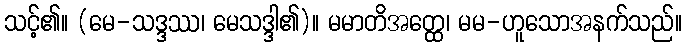
သင့်၏။ (မေ-သဒ္ဒဿ၊ မေသဒ္ဒါ၏)။ မမာတိအတ္ထေ၊ မမ-ဟူသောအနက်သည်။